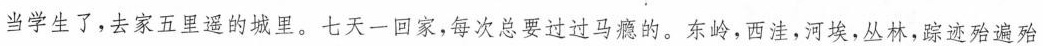
当学生了。去家五里遥的城里。七天一回家，每次总要过过马瘾的。东岭，西洼，河埃，丛林，踪迹殆遍殆